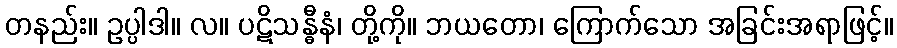
တနည်း။ ဥပ္ပါဒါ။ လ။ ပဋိသန္ဓီနံ၊ တို့ကို။ ဘယတော၊ ကြောက်သော အခြင်းအရာဖြင့်။